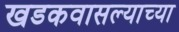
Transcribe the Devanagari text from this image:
खडकवासल्याच्या